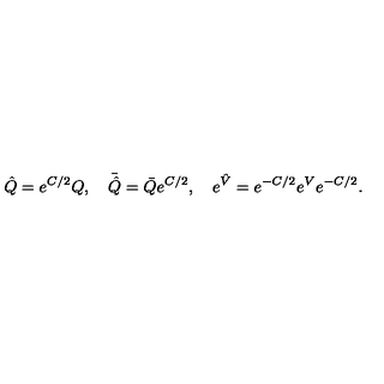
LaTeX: \hat { Q } = { e } ^ { C / 2 } Q , \quad \bar { \hat { Q } } = \bar { Q } { e } ^ { C / 2 } , \quad { e } ^ { \hat { V } } = { e } ^ { - C / 2 } { e } ^ { V } { e } ^ { - C / 2 } .